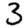
Digit: 3